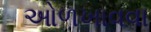
ઓળખાવવા